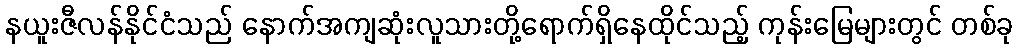
နယူးဇီလန်နိုင်ငံသည် နောက်အကျဆုံးလူသားတို့ရောက်ရှိနေထိုင်သည့် ကုန်းမြေများတွင် တစ်ခု